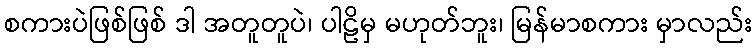
စကားပဲဖြစ်ဖြစ် ဒါ အတူတူပဲ၊ ပါဠိမှ မဟုတ်ဘူး၊ မြန်မာစကား မှာလည်း